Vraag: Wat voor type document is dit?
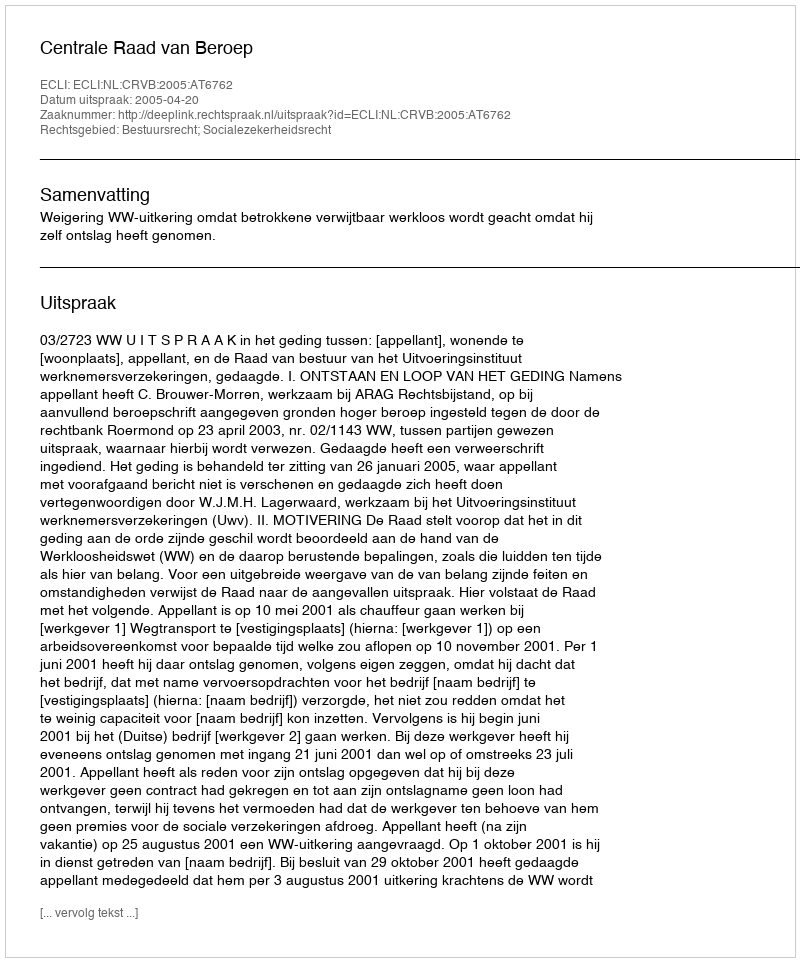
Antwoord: Uitspraak